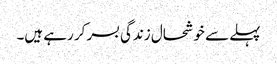
پہلے سے خوشحال زندگی بسر کر رہے ہیں۔